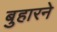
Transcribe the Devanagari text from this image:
बुहारने